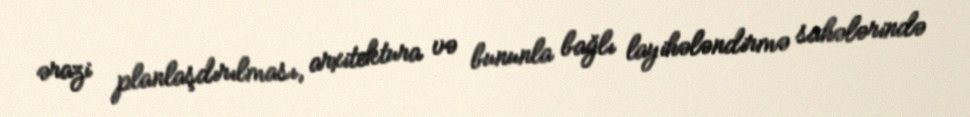
ərazi planlaşdırılması, arxitektura və bununla bağlı layihələndirmə sahələrində